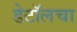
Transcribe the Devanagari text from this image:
डेटॉलचा